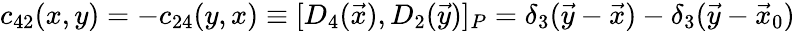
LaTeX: c_{42}(x,y)=-c_{24}(y,x)\equiv[D_{4}(\vec{x}),D_{2}(\vec{y})]_{P}=\delta_{3}(\vec{y}-\vec{x})-\delta_{3}(\vec{y}-\vec{x}_{0})